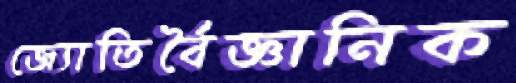
জ্যোতির্বৈজ্ঞানিক